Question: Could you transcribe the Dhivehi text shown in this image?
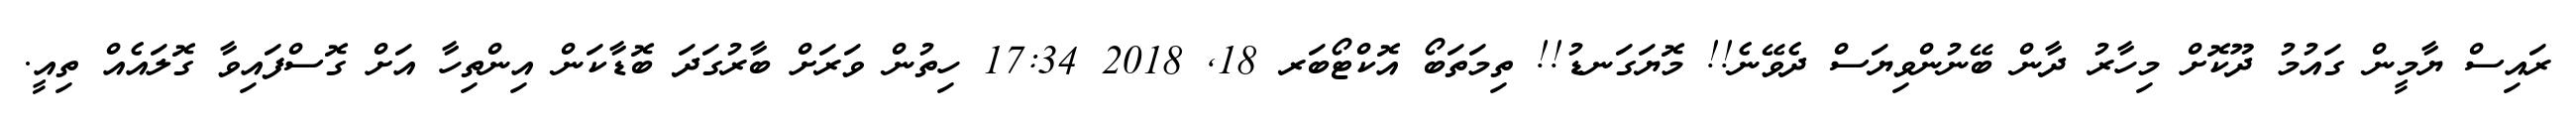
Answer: ރައިސް ޔާމީން ގައުމު ދޫކޮށް މިހާރު ދާން ބޭނުންވިޔަސް ދެވޭނެ!! މޮޔަގަނޑު!! ތިމަތަބޯ އޮކްޓޯބަރ 18, 2018 17:34 ހިތުން ވަރަށް ބާރުގަދަ ބޮޑާކަން އިންތިހާ އަށް ގޮސްފައިވާ ގޮލައެއް ތިއީ.